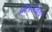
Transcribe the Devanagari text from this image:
मित्रसंबंध